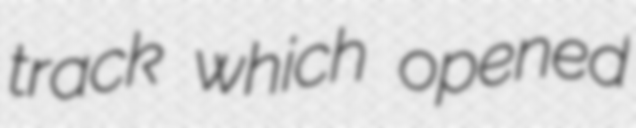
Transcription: track which opened